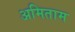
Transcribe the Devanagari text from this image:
अमिताम